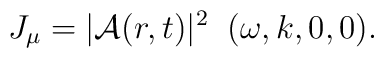
J_\mu = | {\cal A}(r,t) |^2 \;\; ( \omega, k, 0,0 ).